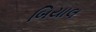
બિયાલ